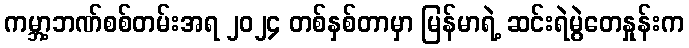
ကမ္ဘာ့ဘဏ်စစ်တမ်းအရ ၂၀၂၄ တစ်နှစ်တာမှာ မြန်မာရဲ့ ဆင်းရဲမွဲတေနှုန်းက